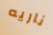
ناريه